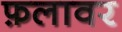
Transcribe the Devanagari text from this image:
फ़लावर